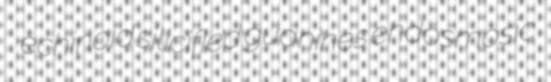
echinoid silicified guanines endosmosic